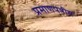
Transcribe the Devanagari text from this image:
प्रमाणपत्रीय